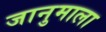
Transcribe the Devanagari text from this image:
जानुमाला